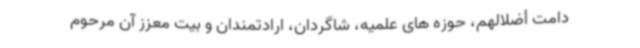
دامت أضلالهم، حوزه های علمیه، شاگردان، ارادتمندان و بیت معزز آن مرحوم